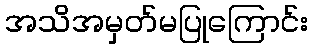
အသိအမှတ်မပြုကြောင်း